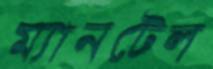
ম্যানটেল